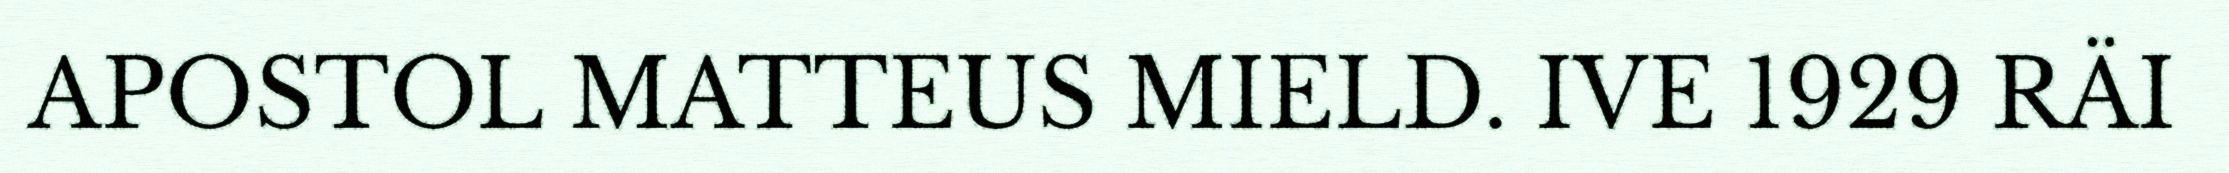
APOSTOL MATTEUS MIELD. IVE 1929 RÄI